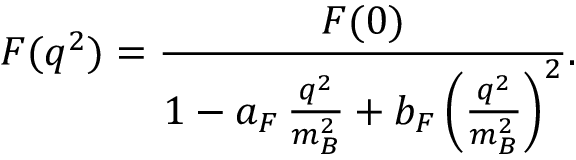
F ( q ^ { 2 } ) = \frac { F ( 0 ) } { 1 - a _ { F } \, \frac { q ^ { 2 } } { m _ { B } ^ { 2 } } + b _ { F } \left( \frac { q ^ { 2 } } { m _ { B } ^ { 2 } } \right) ^ { 2 } } .